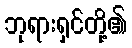
ဘုရားရှင်တို့၏